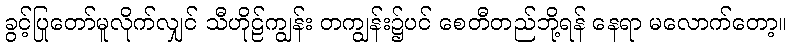
ခွင့်ပြုတော်မူလိုက်လျှင် သီဟိုဠ်ကျွန်း တကျွန်း၌ပင် စေတီတည်ဘို့ရန် နေရာ မလောက်တော့။